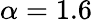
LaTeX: \alpha=1.6